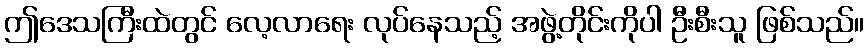
ဤဒေသကြီးထဲတွင် လေ့လာရေး လုပ်နေသည့် အဖွဲ့တိုင်းကိုပါ ဦးစီးသူ ဖြစ်သည်။